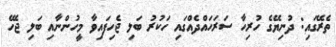
ތެރޭގައި: ދުނިޔޭގެ ހުރިހާ ސަރަހައްދެއްގައި ހަކުރު ބަލި ޖެހިފައިވާ މީހުންނާއި ބަލި ޖެހޭ